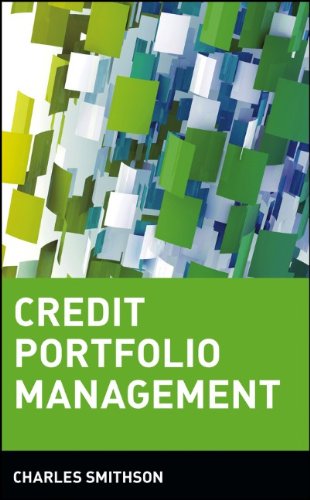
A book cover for Credit Portfolio Management; Charles Smithson; Business & Money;